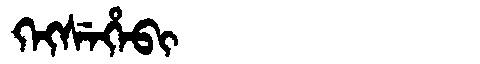
Manchu: ᡴᡝᡴᠰᡝᡥᡝᠪᡳ
Romanization: KEKSEHEBI